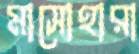
মাসোহারা